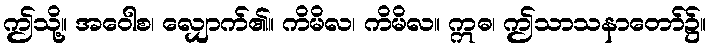
ဤသို့။ အဝေါစ၊ လျှောက်၏။ ကိမိလ၊ ကိမိလ။ ဣဓ၊ ဤသာသနာတော်၌။